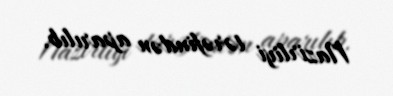
Nazirliyi tərəfindən aparılıb.